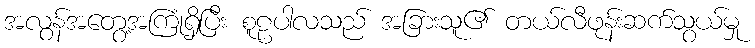
အလွန်အတွေ့အကြုံရှိပြီး စူဠပါလသည် အခြားသူ၏ တယ်လီဖုန်းဆက်သွယ်မှု